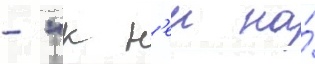
- "к н'еи на́